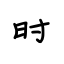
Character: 时